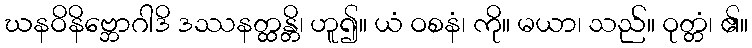
ဃနဝိနိဗ္ဘောဂါဒိ ဒဿနတ္ထန္တိ၊ ဟူ၍။ ယံ ဝစနံ၊ ကို။ မယာ၊ သည်။ ဝုတ္တံ၊ ၏။